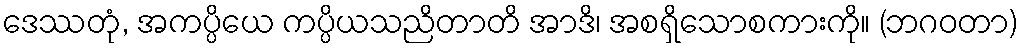
ဒေဿတုံ, အကပ္ပိယေ ကပ္ပိယသညိတာတိ အာဒိ၊ အစရှိသောစကားကို။ (ဘဂဝတာ)